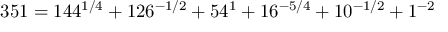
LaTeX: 3 5 1 = 1 4 4 ^ { 1 / 4 } + 1 2 6 ^ { - 1 / 2 } + 5 4 ^ { 1 } + 1 6 ^ { - 5 / 4 } + 1 0 ^ { - 1 / 2 } + 1 ^ { - 2 }